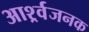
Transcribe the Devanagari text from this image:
आर्श्र्वजनक